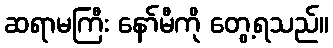
ဆရာမကြီး နော်မီကို တွေ့ရသည်။